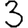
Digit: 3